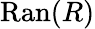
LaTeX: \mathrm{Ran}(R)